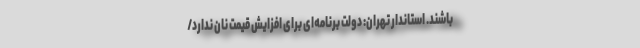
باشند. استاندار تهران: دولت برنامه‌ای برای افزایش قیمت نان ندارد/